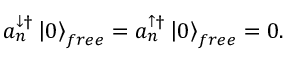
a _ { n } ^ { \downarrow \dagger } \left| 0 \right\rangle _ { f r e e } = a _ { n } ^ { \uparrow \dagger } \left| 0 \right\rangle _ { f r e e } = 0 .